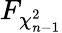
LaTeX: F_{\chi_{n-1}^{2}}